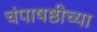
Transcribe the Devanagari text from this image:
चंपाषष्ठीच्या